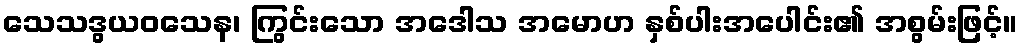
သေသဒွယဝသေန၊ ကြွင်းသော အဒေါသ အမောဟ နှစ်ပါးအပေါင်း၏ အစွမ်းဖြင့်။